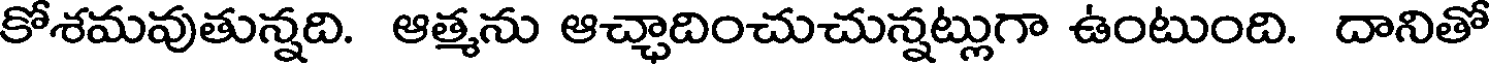
కోశమవుతున్నది. ఆత్మను ఆచ్చాదించుచున్నట్లుగా ఉంటుంది. దానితో